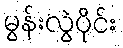
မွန်းလွဲပိုင်း